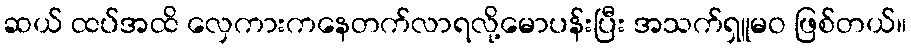
ဆယ် ထပ်အထိ လှေကားကနေတက်လာရလို့မောပန်းပြီး အသက်ရှူမဝ ဖြစ်တယ်။